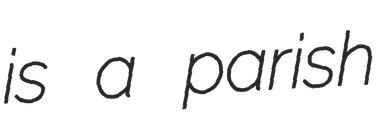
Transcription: is a parish